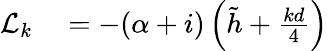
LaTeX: \begin{array}{rl}{\mathcal{L}_{k}}&{{}=-(\alpha+i)\left(\tilde{h}+\frac{kd}{4}\right)}\end{array}